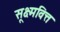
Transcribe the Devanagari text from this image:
सूक्ष्मवित्त